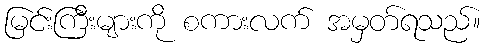
မြင်းကြီးများကို စကားလက် အမှတ်ရသည်။